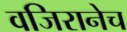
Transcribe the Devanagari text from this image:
वजिरानेच